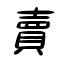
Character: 賣